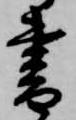
書